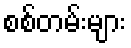
စစ်တမ်းများ